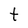
Character: t